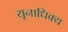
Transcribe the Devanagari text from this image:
यूनाधिक्य